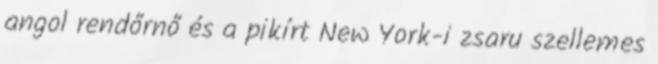
angol rendőrnő és a pikírt New York-i zsaru szellemes